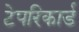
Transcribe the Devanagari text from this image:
टेपरिकार्ड